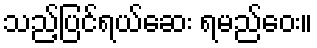
သည့်ပြင်ရယ်ဆေး ရမည်ဝေး။